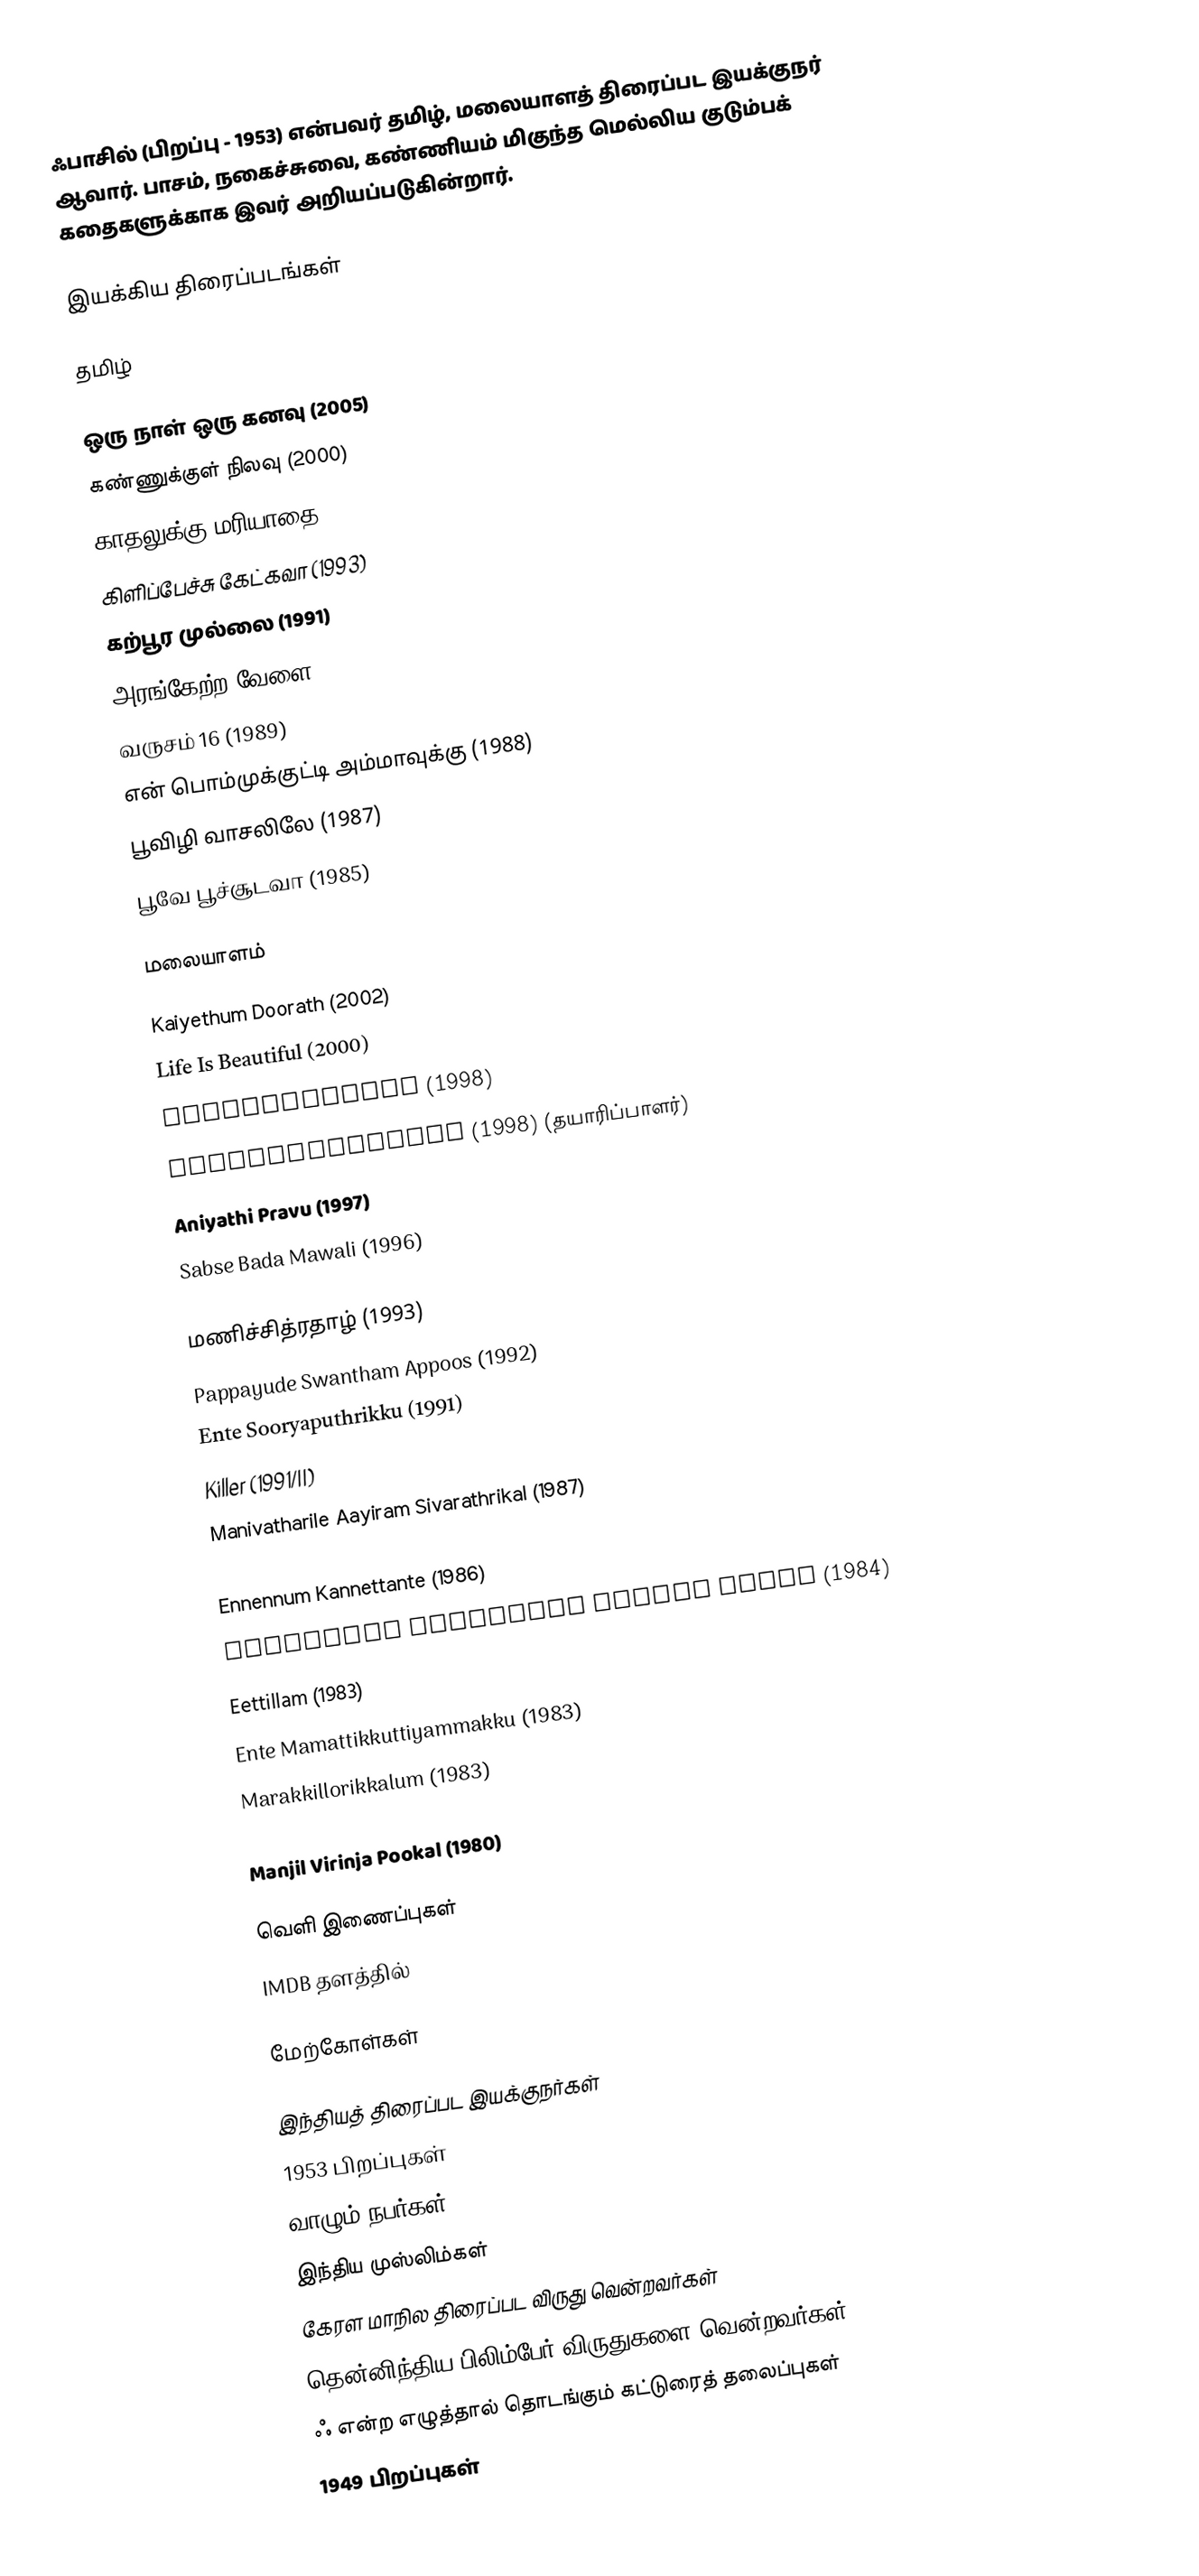
ஃபாசில் (பிறப்பு - 1953) என்பவர் தமிழ், மலையாளத் திரைப்பட இயக்குநர் ஆவார். பாசம், நகைச்சுவை, கண்ணியம் மிகுந்த மெல்லிய குடும்பக் கதைகளுக்காக இவர் அறியப்படுகின்றார்.

இயக்கிய திரைப்படங்கள்

தமிழ்

 ஒரு நாள் ஒரு கனவு (2005)
 கண்ணுக்குள் நிலவு (2000)
 காதலுக்கு மரியாதை (1997)
 கிளிப்பேச்சு கேட்கவா (1993)
 கற்பூர முல்லை (1991)
 அரங்கேற்ற வேளை (1990)
 வருசம் 16 (1989)
 என் பொம்முக்குட்டி அம்மாவுக்கு (1988)
 பூவிழி வாசலிலே (1987)
 பூவே பூச்சூடவா (1985)

மலையாளம்

 Kaiyethum Doorath (2002)
 Life Is Beautiful (2000)
 Harikrishnans (1998)
 sundarakkilladi (1998) (தயாரிப்பாளர்)
 Aniyathi Pravu (1997)
 Sabse Bada Mawali (1996)
 Manathe Vellitheru (1994)
 மணிச்சித்ரதாழ் (1993)
 Pappayude Swantham Appoos (1992)
 Ente Sooryaputhrikku (1991)
 Killer (1991/II)
 Manivatharile Aayiram Sivarathrikal (1987)
 Poovinnu Puthiya Poonthennal (1986)
 Ennennum Kannettante (1986)
 Nokkathaa Dhoorathu Kannum Nattu (1984)
 Eettillam (1983)
 Ente Mamattikkuttiyammakku (1983)
 Marakkillorikkalum (1983)
 Dhanya (1981)
 Manjil Virinja Pookal (1980)

வெளி இணைப்புகள்
IMDB தளத்தில்

மேற்கோள்கள்

இந்தியத் திரைப்பட இயக்குநர்கள்
1953 பிறப்புகள்
வாழும் நபர்கள்
இந்திய முஸ்லிம்கள்
கேரள மாநில திரைப்பட விருது வென்றவர்கள்
தென்னிந்திய பிலிம்பேர் விருதுகளை வென்றவர்கள்
ஃ என்ற எழுத்தால் தொடங்கும் கட்டுரைத் தலைப்புகள்
1949 பிறப்புகள்